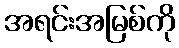
အရင်းအမြစ်ကို